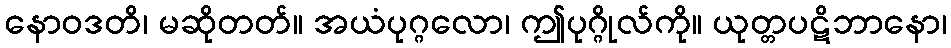
နောဝဒတိ၊ မဆိုတတ်။ အယံပုဂ္ဂလော၊ ဤပုဂ္ဂိုလ်ကို။ ယုတ္တပဋိဘာနော၊